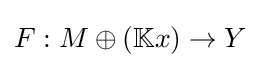
F:M\oplus (\mathbb {K} x)\to Y